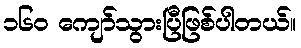
၁၆၀ ကျော်သွားပြီဖြစ်ပါတယ်။